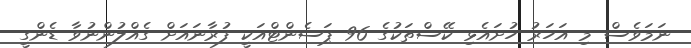
ނަމަވެސް މި އަހަރު ހުށައެޅި ކޭސްތަކުގެ 96 ޕަސެންޓްއަކީ ފުރާނައަށް ގެއްލުންނުވާ ޑެންގީ